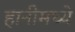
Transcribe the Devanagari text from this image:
हानीमध्ये